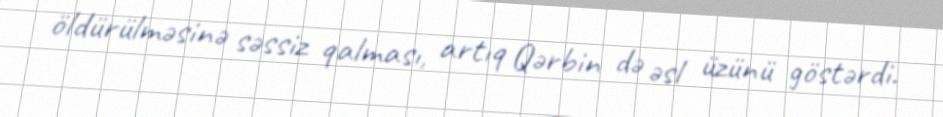
öldürülməsinə səssiz qalması, artıq Qərbin də əsl üzünü göstərdi.